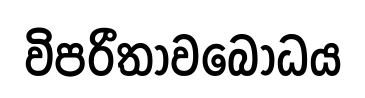
විපරීතාවබෝධය